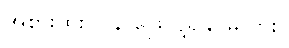
အစားထိုး ပြန် ဖြေလို့ရနိုင်မလား။